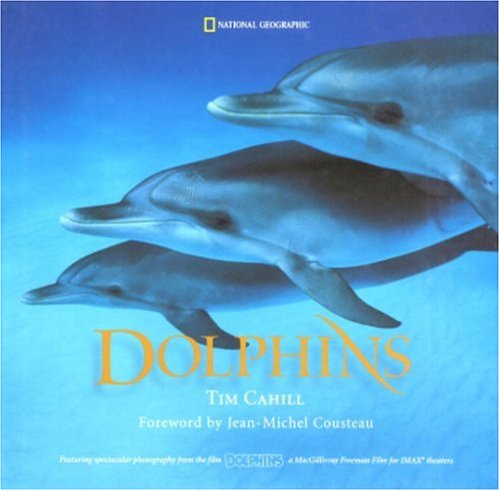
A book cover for Dolphins; Tim Cahill; Sports & Outdoors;